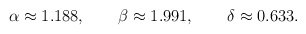
\begin{align*}\alpha\approx1.188, \qquad \beta\approx1.991, \qquad \delta\approx0.633.\end{align*}